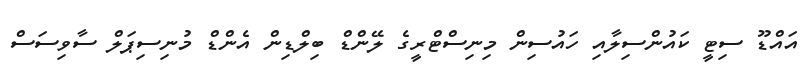
އައްޑޫ ސިޓީ ކައުންސިލާއި ހައުސިން މިނިސްްޓްރީގެ ލޭންޑް ބިލްޑިން އެންޑް މުނިސިޕަލް ސާވިސަސް